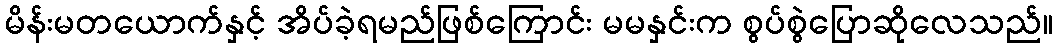
မိန်းမတယောက်နှင့် အိပ်ခဲ့ရမည်ဖြစ်ကြောင်း မမနှင်းက စွပ်စွဲပြောဆိုလေသည်။